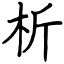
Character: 析